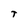
Character: t